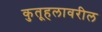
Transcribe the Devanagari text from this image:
कुतूहलावरील